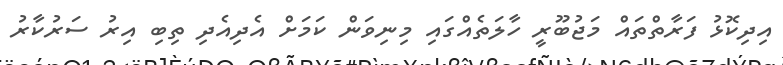
އިދިކޮޅު ފަރާތްތައް މަޖުބޫރީ ހާލަތެއްގައި މިނިވަން ކަމަށް އެދިއެދި ތިބި އިރު ސަރުކާރު